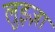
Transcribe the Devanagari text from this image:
लुइज़ा